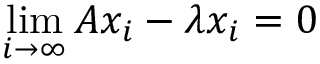
\operatorname* { l i m } _ { i \to \infty } A x _ { i } - \lambda x _ { i } = 0